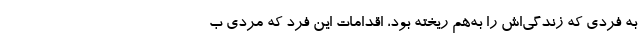
به فردی که زندگی‌اش را به‌هم ریخته بود، اقدامات این فرد که مردی ب